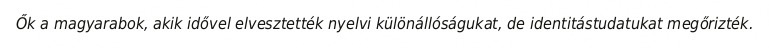
Ők a magyarabok, akik idővel elvesztették nyelvi különállóságukat, de identitástudatukat megőrizték.